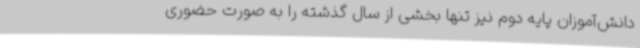
دانش‌آموزان پایه دوم نیز تنها بخشی از سال گذشته را به صورت حضوری